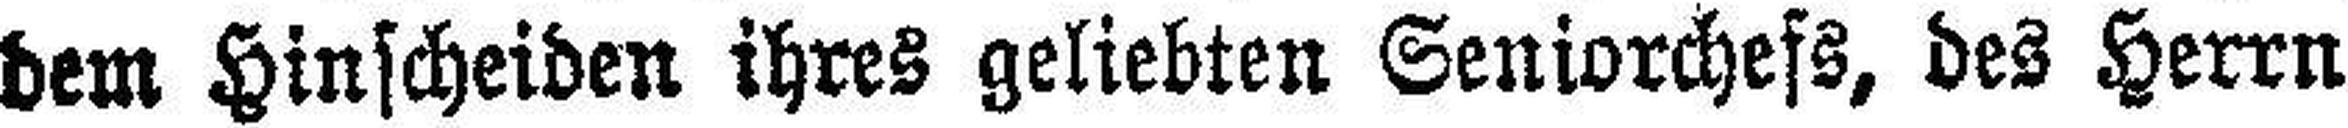
dem Hinscheiden ihres geliebten Seniorchefs, des Herrn